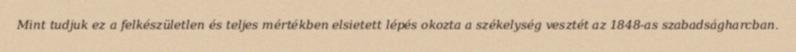
Mint tudjuk ez a felkészületlen és teljes mértékben elsietett lépés okozta a székelység vesztét az 1848-as szabadságharcban.